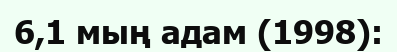
6,1 мың адам (1998):